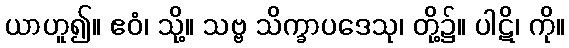
ယာဟူ၍။ ဧဝံ၊ သို့။ သဗ္ဗ သိက္ခာပဒေသု၊ တို့၌။ ပါဋိ၊ ကို။